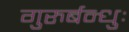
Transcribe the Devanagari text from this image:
गुरुर्बन्धुः